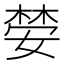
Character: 𫱒